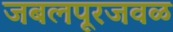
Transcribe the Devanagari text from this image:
जबलपूरजवळ